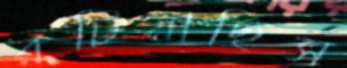
রটিয়াছিস